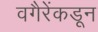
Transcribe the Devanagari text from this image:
वगैरेंकडून